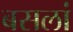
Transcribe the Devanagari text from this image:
बसलां